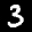
Label: 3